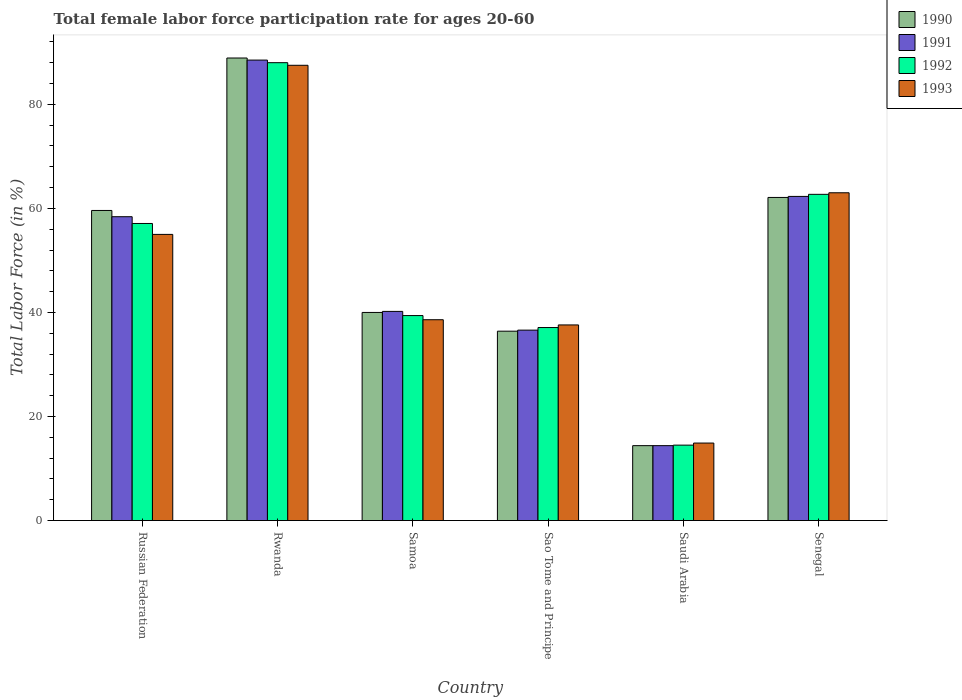
| Country | 1990 | 1991 | 1992 | 1993 |
 | --- | --- | --- | --- | --- |
 | Russian Federation | 59.6 | 58.4 | 57.1 | 55 |
 | Rwanda | 88.9 | 88.5 | 88 | 87.5 |
 | Samoa | 40 | 40.2 | 39.4 | 38.6 |
 | Sao Tome and Principe | 36.4 | 36.6 | 37.1 | 37.6 |
 | Saudi Arabia | 14.4 | 14.4 | 14.5 | 14.9 |
 | Senegal | 62.1 | 62.3 | 62.7 | 63 |